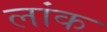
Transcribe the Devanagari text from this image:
लांक